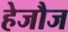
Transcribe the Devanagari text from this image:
हेजौज